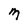
Character: M